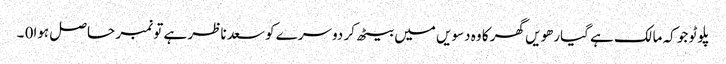
پلوٹو جو کہ مالک ہے گیارھویں گھر کا وہ دسویں میں بیٹھ کر دوسرے کو سعد ناظر ہے تو نمبر حاصل ہوا0 ۔